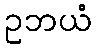
ဥဘယံ